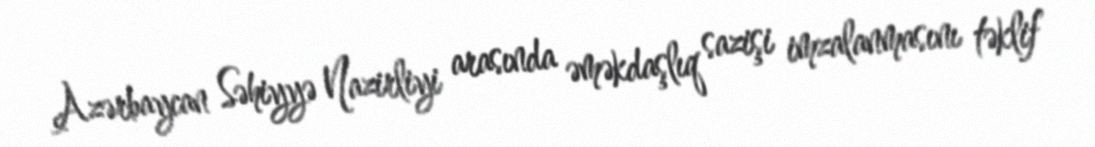
Azərbaycan Səhiyyə Nazirliyi arasında əməkdaşlıq sazişi imzalanmasını təklif